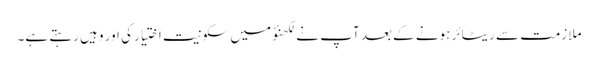
ملازمت سے ریٹائر ہونے کے بعد آپ نے لکھنؤ میں سکونیت اختیار کی اور وہیں رہتے ہے۔